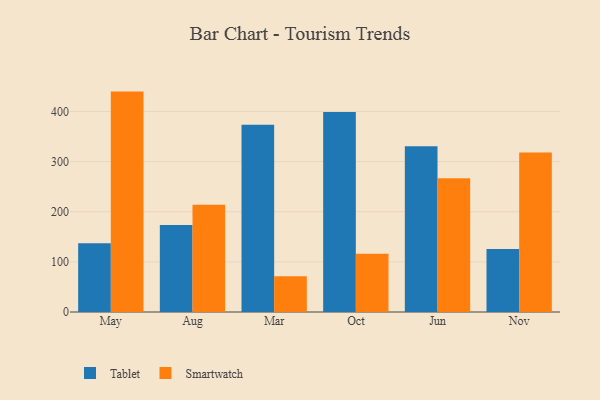
{"axis": {"x": "Month", "y": "Active Users"}, "legend": ["Smartwatch", "Tablet"], "data": [{"x": "May", "y": 137.3, "type": "Tablet"}, {"x": "May", "y": 439.6, "type": "Smartwatch"}, {"x": "Aug", "y": 173.6, "type": "Tablet"}, {"x": "Aug", "y": 213.9, "type": "Smartwatch"}, {"x": "Mar", "y": 373.4, "type": "Tablet"}, {"x": "Mar", "y": 71.1, "type": "Smartwatch"}, {"x": "Oct", "y": 398.8, "type": "Tablet"}, {"x": "Oct", "y": 116.0, "type": "Smartwatch"}, {"x": "Jun", "y": 330.4, "type": "Tablet"}, {"x": "Jun", "y": 266.9, "type": "Smartwatch"}, {"x": "Nov", "y": 125.5, "type": "Tablet"}, {"x": "Nov", "y": 318.0, "type": "Smartwatch"}]}